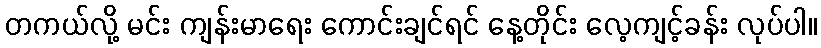
တကယ်လို့ မင်း ကျန်းမာရေး ကောင်းချင်ရင် နေ့တိုင်း လေ့ကျင့်ခန်း လုပ်ပါ။